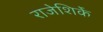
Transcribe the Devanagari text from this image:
राजेशिर्के